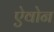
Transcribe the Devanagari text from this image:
ऐवोन